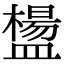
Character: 𥂸